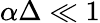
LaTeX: \alpha\Delta\ll 1